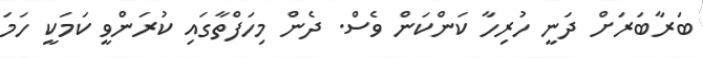
ބަރާބަރަށް ދަނީ ހުރިހާ ކަންކަން ވެސް. ދެން މިހަފްތާގައި ކުރަންވީ ކަމަކީ ހަަމަ